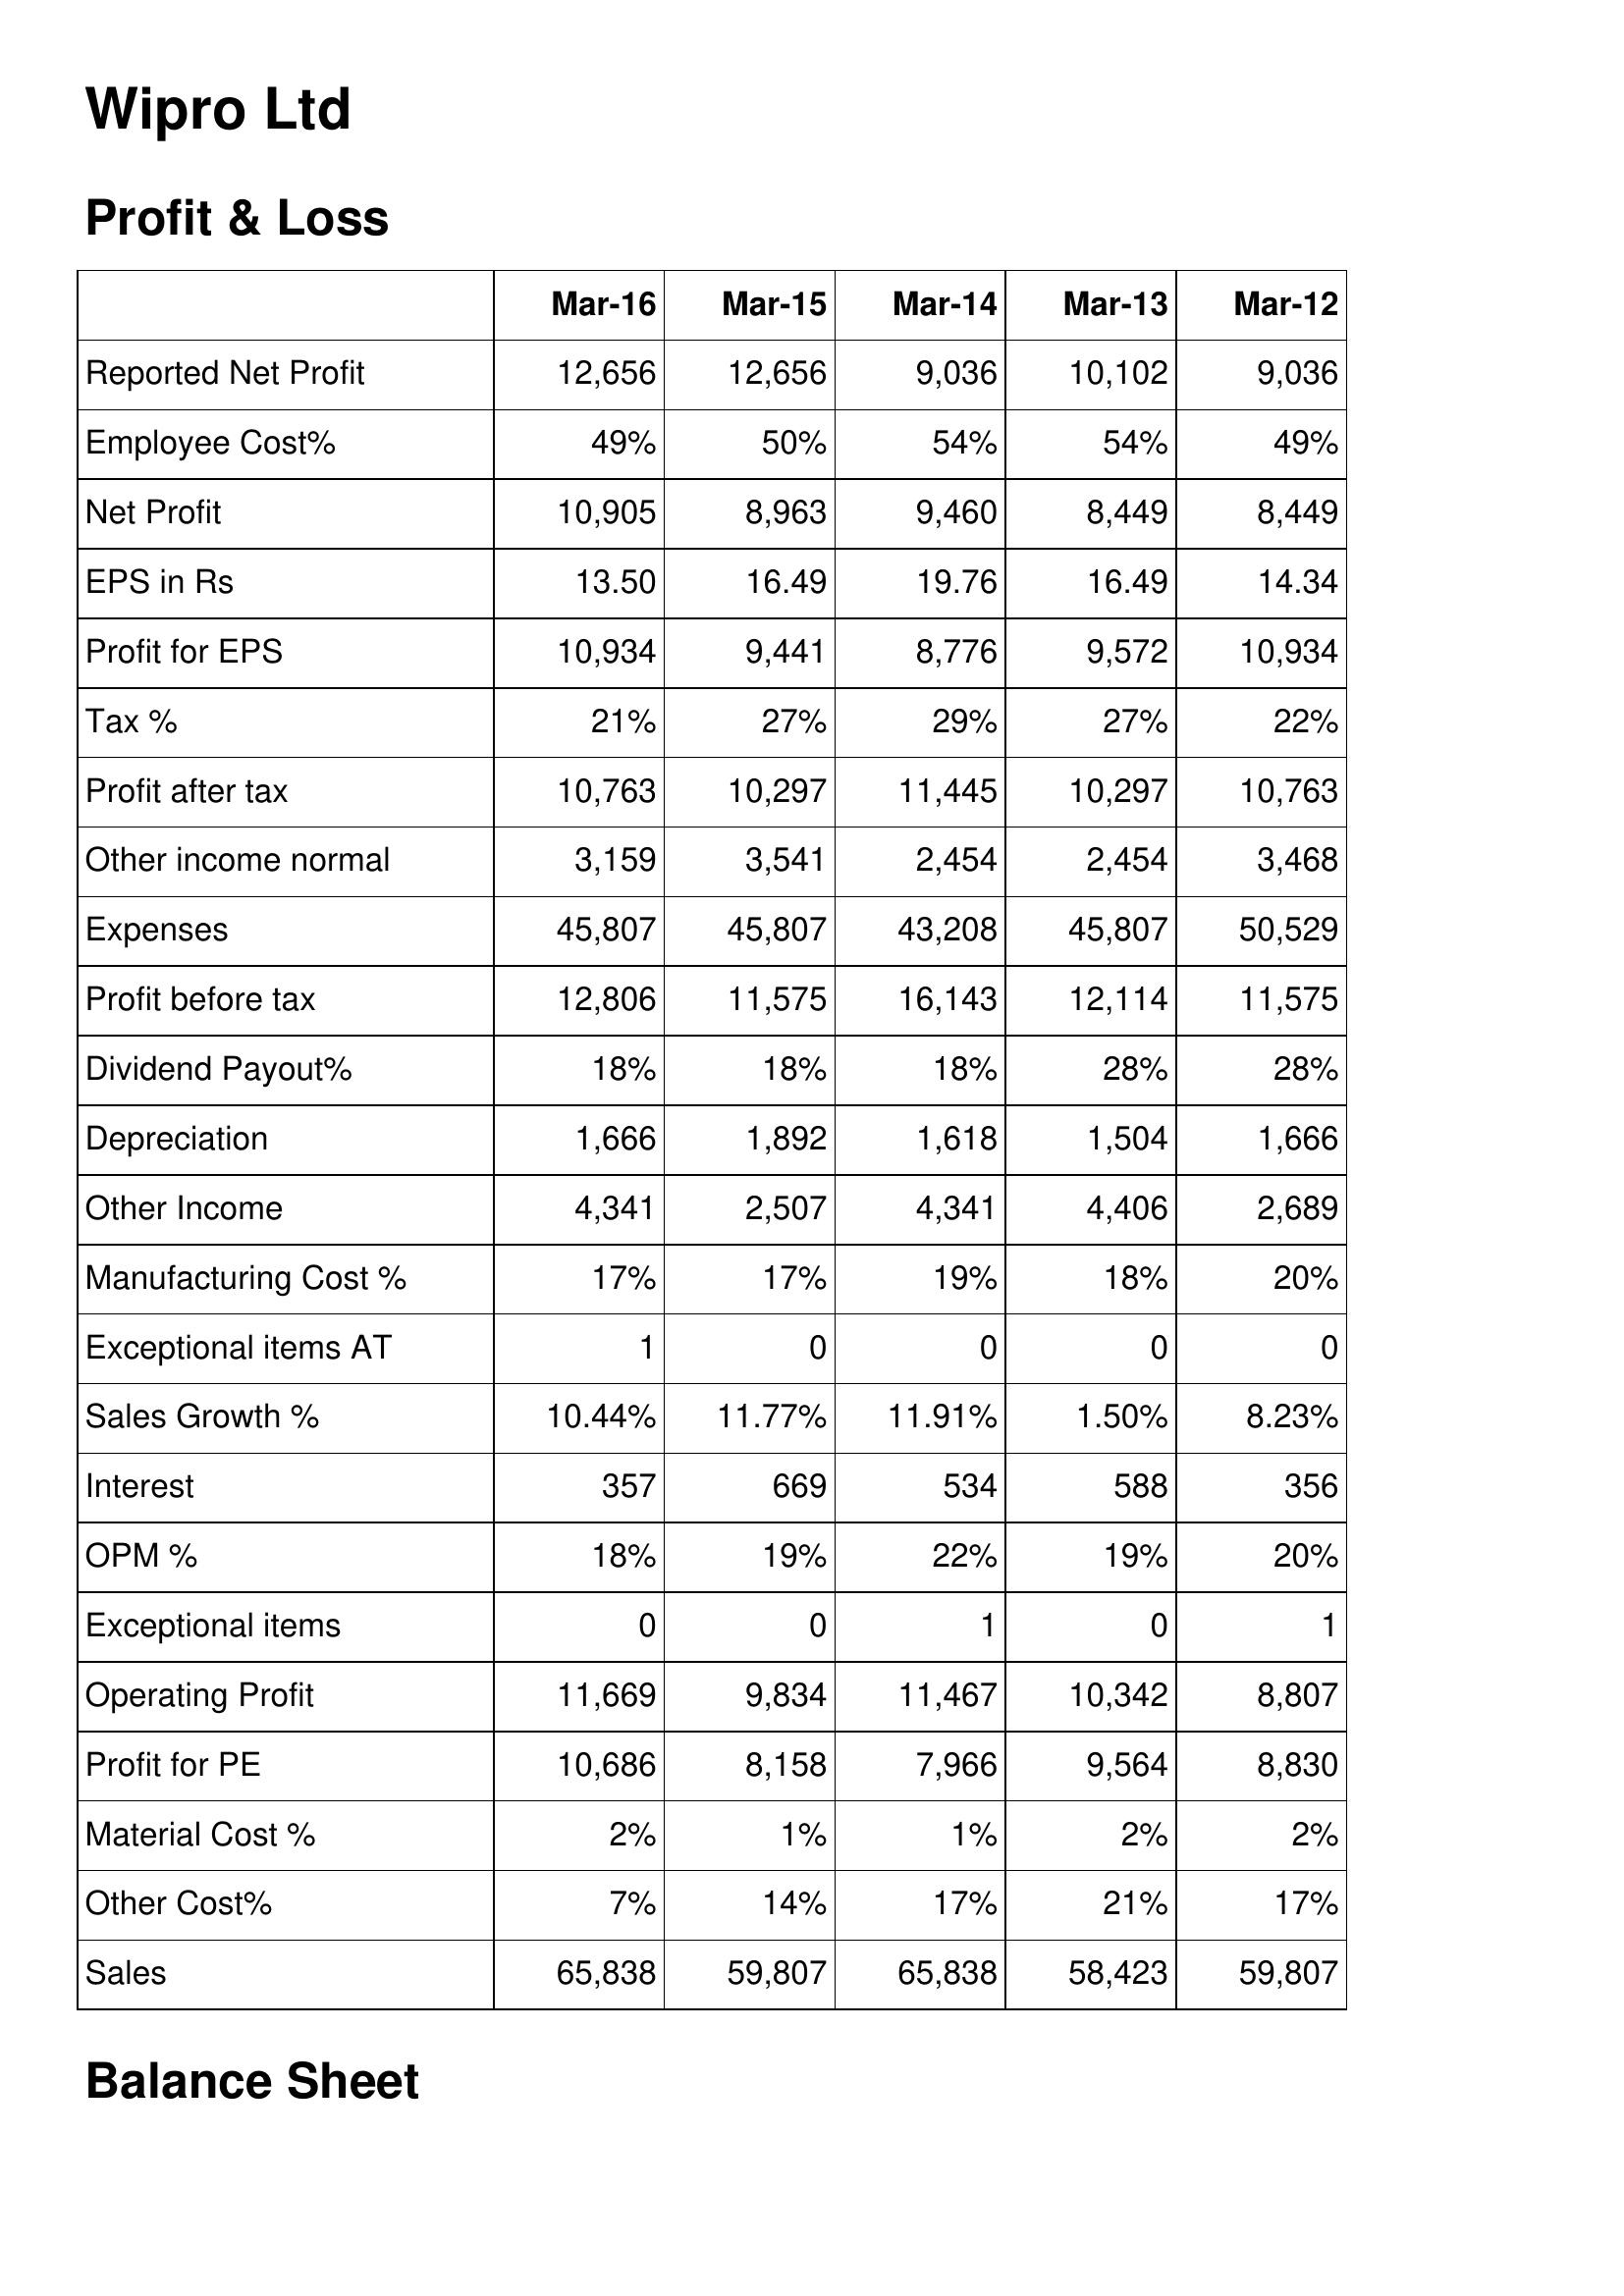
Mar-16: Profit & Loss: Reported Net Profit: 12,656
Employee Cost%: 49%
Net Profit: 10,905
EPS in Rs: 13.50
Profit for EPS: 10,934
Tax %: 21%
Profit after tax: 10,763
Other income normal: 3,159
Expenses: 45,807
Profit before tax: 12,806
Dividend Payout%: 18%
Depreciation: 1,666
Other Income: 4,341
Manufacturing Cost %: 17%
Exceptional items AT: 1
Sales Growth %: 10.44%
Interest: 357
OPM %: 18%
Exceptional items: 0
Operating Profit: 11,669
Profit for PE: 10,686
Material Cost %: 2%
Other Cost%: 7%
Sales: 65,838
Mar-15: Profit & Loss: Reported Net Profit: 12,656
Employee Cost%: 50%
Net Profit: 8,963
EPS in Rs: 16.49
Profit for EPS: 9,441
Tax %: 27%
Profit after tax: 10,297
Other income normal: 3,541
Expenses: 45,807
Profit before tax: 11,575
Dividend Payout%: 18%
Depreciation: 1,892
Other Income: 2,507
Manufacturing Cost %: 17%
Exceptional items AT: 0
Sales Growth %: 11.77%
Interest: 669
OPM %: 19%
Exceptional items: 0
Operating Profit: 9,834
Profit for PE: 8,158
Material Cost %: 1%
Other Cost%: 14%
Sales: 59,807
Mar-14: Profit & Loss: Reported Net Profit: 9,036
Employee Cost%: 54%
Net Profit: 9,460
EPS in Rs: 19.76
Profit for EPS: 8,776
Tax %: 29%
Profit after tax: 11,445
Other income normal: 2,454
Expenses: 43,208
Profit before tax: 16,143
Dividend Payout%: 18%
Depreciation: 1,618
Other Income: 4,341
Manufacturing Cost %: 19%
Exceptional items AT: 0
Sales Growth %: 11.91%
Interest: 534
OPM %: 22%
Exceptional items: 1
Operating Profit: 11,467
Profit for PE: 7,966
Material Cost %: 1%
Other Cost%: 17%
Sales: 65,838
Mar-13: Profit & Loss: Reported Net Profit: 10,102
Employee Cost%: 54%
Net Profit: 8,449
EPS in Rs: 16.49
Profit for EPS: 9,572
Tax %: 27%
Profit after tax: 10,297
Other income normal: 2,454
Expenses: 45,807
Profit before tax: 12,114
Dividend Payout%: 28%
Depreciation: 1,504
Other Income: 4,406
Manufacturing Cost %: 18%
Exceptional items AT: 0
Sales Growth %: 1.50%
Interest: 588
OPM %: 19%
Exceptional items: 0
Operating Profit: 10,342
Profit for PE: 9,564
Material Cost %: 2%
Other Cost%: 21%
Sales: 58,423
Mar-12: Profit & Loss: Reported Net Profit: 9,036
Employee Cost%: 49%
Net Profit: 8,449
EPS in Rs: 14.34
Profit for EPS: 10,934
Tax %: 22%
Profit after tax: 10,763
Other income normal: 3,468
Expenses: 50,529
Profit before tax: 11,575
Dividend Payout%: 28%
Depreciation: 1,666
Other Income: 2,689
Manufacturing Cost %: 20%
Exceptional items AT: 0
Sales Growth %: 8.23%
Interest: 356
OPM %: 20%
Exceptional items: 1
Operating Profit: 8,807
Profit for PE: 8,830
Material Cost %: 2%
Other Cost%: 17%
Sales: 59,807